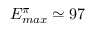
E _ { m a x } ^ { \pi } \simeq 9 7